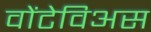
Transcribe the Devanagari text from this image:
वोंटेविअस